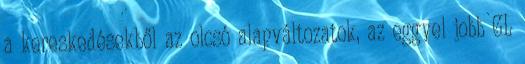
a kereskedésekből az olcsó alapváltozatok, az eggyel jobb GL